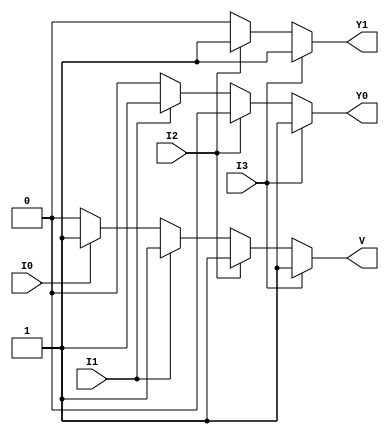
module priority_encoder (
    input  wire I3,    // Highest priority input
    input  wire I2,    // Second highest priority input
    input  wire I1,    // Third highest priority input
    input  wire I0,    // Lowest priority input
    output reg  Y1,    // Output bit 1
    output reg  Y0,    // Output bit 0
    output reg  V      // Valid output
);

always @(*) begin
    // Default outputs
    Y1 = 1'b0;
    Y0 = 1'b0;
    V  = 1'b0;

    // Check priorities from highest to lowest
    if (I3) begin
        Y1 = 1'b1;
        Y0 = 1'b1;
        V  = 1'b1;
    end else if (I2) begin
        Y1 = 1'b1;
        Y0 = 1'b0;
        V  = 1'b1;
    end else if (I1) begin
        Y1 = 1'b0;
        Y0 = 1'b1;
        V  = 1'b1;
    end else if (I0) begin
        Y1 = 1'b0;
        Y0 = 1'b0;
        V  = 1'b1;
    end else begin
        // All inputs inactive case handled by default values
        V  = 1'b0; // Ensure Valid output is low when no input is active
    end
end

endmodule